Civil Veterinary Dept. Bombay admin report 1914-1922 - 1914-1922
Year: 1914
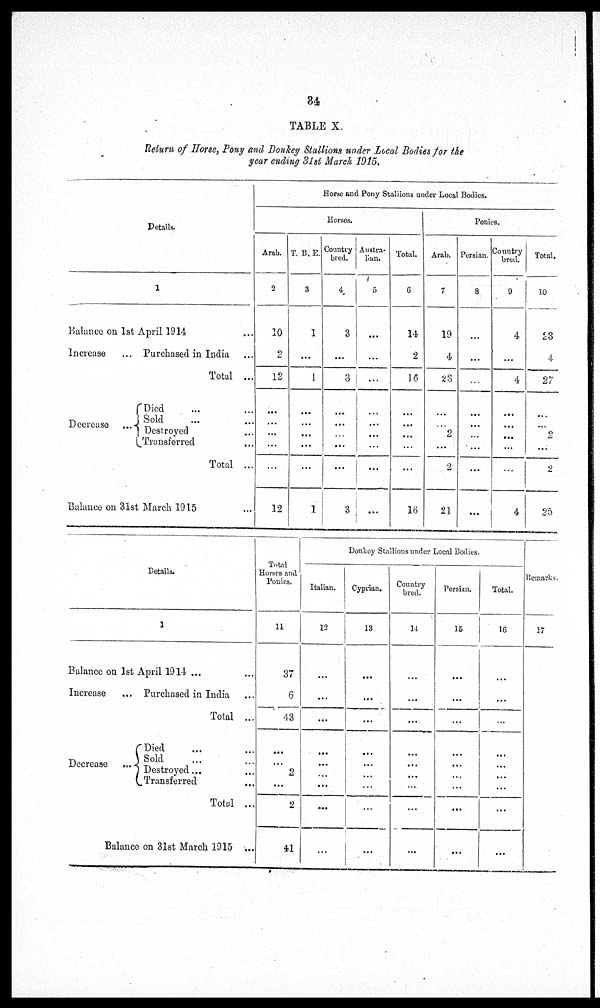
34
TABLE X
Return of Horse, Pony and Donkey Stallions under Local Bodies for the
year ending 31st March 1915.
Details.
1
Balance on 1st April 1914
Increase
... Purchased in India
Total ...
Decrease
Died ... ...
Sold ... ...
Destroyed ... ...
Transferred ... ...
Total ...
Balance on 31st March 1915 ...
Horse and Pony Stallions under Local Bodies.
Horses.
Arab.
2
10
2
12
...
...
...
...
...
12
T. B. E.
3
1
...
1
...
...
...
...
...
1
Country
bred.
4
3
...
3
...
...
...
...
...
3
Austra-
lian.
5
...
...
...
....
...
...
...
...
...
Total.
6
14
2
16
...
...
...
...
...
16
Ponies.
Arab.
7
19
4
23
...
...
2
...
2
21
Persian.
8
...
...
...
...
...
...
...
...
Country
bred.
9
4
...
4
...
...
...
...
...
4
Total.
10
23
4
27
...
...
2
...
2
25
Details.
1
Balance on 1st April 1914 ... ...
Increase
... Purchased in India
Total ...
Decrease .
Died ... ...
Sold ... .....
Destroyed....
Transferred ...
Total ...
Balance on 31st March 1915 ...
Total
Horses and
Ponies.
11
37
6
43
...
...
2
...
2
41
Donkey Stallions under Local Bodies.
Italian.
12
...
...
...
...
...
...
...
...
Cyprian.
13
...
...
...
...
...
...
...
...
Country
bred.
14
...
...
...
...
...
...
...
...
Persian.
15
...
...
...
...
...
...
...
...
Total.
16
...
...
...
...
...
...
...
...
Remarks.
17